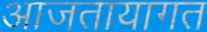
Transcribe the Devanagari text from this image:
आजतायागत